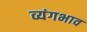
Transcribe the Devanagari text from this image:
व्यंगभाव